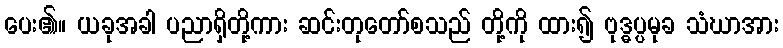
ပေး၏။ ယခုအခါ ပညာရှိတို့ကား ဆင်းတုတော်စသည် တို့ကို ထား၍ ဗုဒ္ဓပ္ပမုခ သံဃာအား